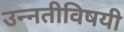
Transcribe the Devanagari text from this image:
उन्नतीविषयी